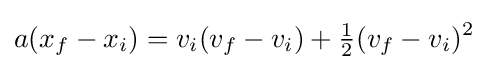
a(x_{f}-x_{i})=v_{i}(v_{f}-v_{i})+{\tfrac {1}{2}}(v_{f}-v_{i})^{2}